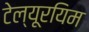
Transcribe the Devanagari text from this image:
टेल्यूरयिम